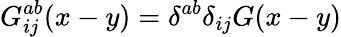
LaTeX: G_{ij}^{ab}(x-y)=\delta^{ab}\delta_{ij}G(x-y)